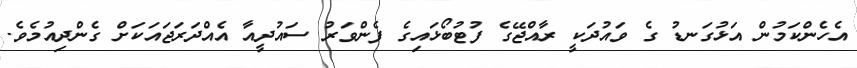
އެހެންކަމުން އަޅުގަނޑު ގެ ވައުދަކީ ރާއްޖޭގެ ފުޓުބޯޅައިގެ ފެންވަރު ސައުދީއާ އެއްދަރަޖައަކަށް ގެންދިއުމެވެ.